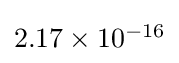
{\textstyle 2.17\times 10^{-16}}